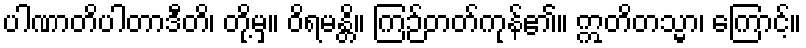
ပါဏာတိပါတာဒီတိ၊ တို့မှ။ ဝိရမန္တိ။ ကြဉ်တတ်ကုန်၏။ ဣတိတသ္မာ၊ ကြောင့်။